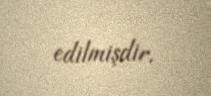
edilmişdir.